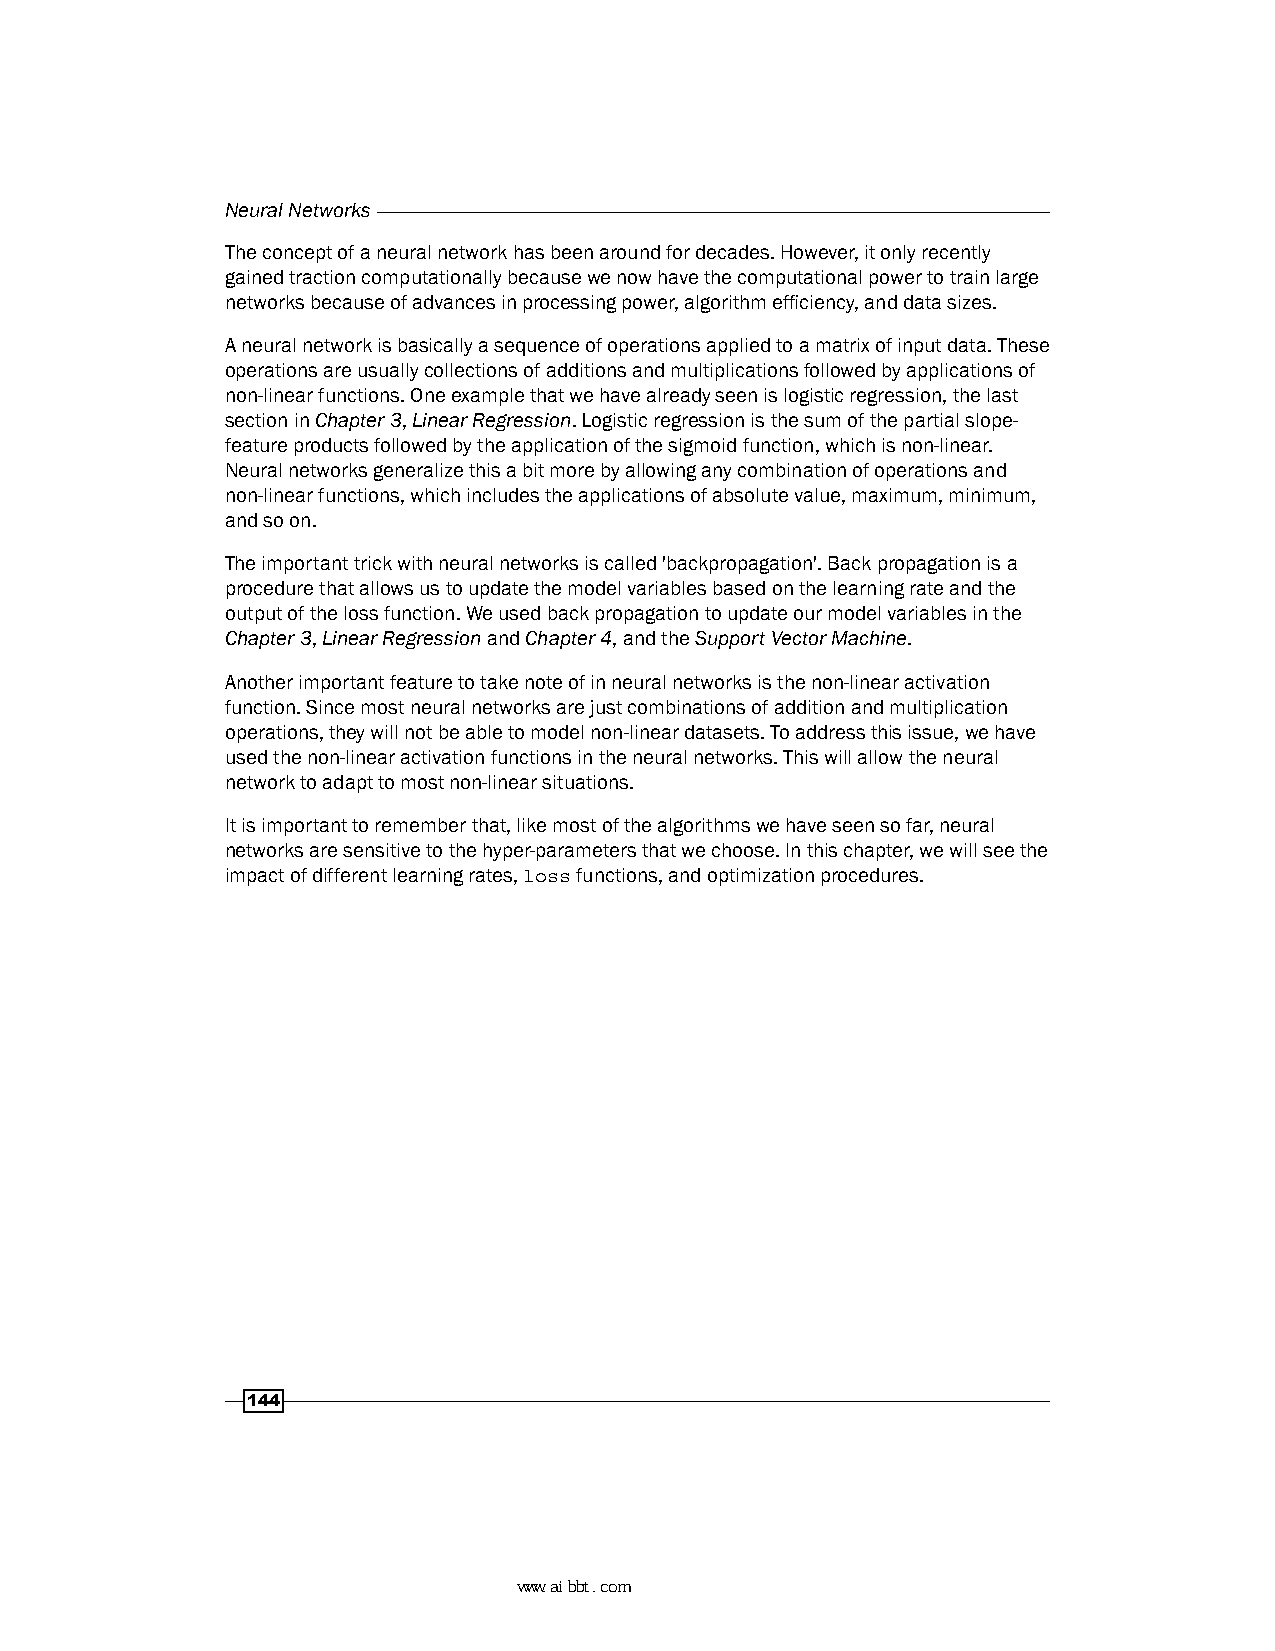
Neural Networks
 The concept of a neural network has been around for decades. However, it only recently
 gained traction computationally because we now have the computational power to train large
 networks because of advances in processing power, algorithm efficiency, and data sizes.
 A neural network is basically a sequence of operations applied to a matrix of input data. These
 operations are usually collections of additions and multiplications followed by applications of
 non-linear functions. One example that we have already seen is logistic regression, the last
 section in Chapter 3, Linear Regression. Logistic regression is the sum of the partial slope-
 feature products followed by the application of the sigmoid function, which is non-linear.
 Neural networks generalize this a bit more by allowing any combination of operations and
 non-linear functions, which includes the applications of absolute value, maximum, minimum,
 and so on.
 The important trick with neural networks is called 'backpropagation'. Back propagation is a
 procedure that allows us to update the model variables based on the learning rate and the
 output of the loss function. We used back propagation to update our model variables in the
 Chapter 3, Linear Regression and Chapter 4, and the Support Vector Machine.
 Another important feature to take note of in neural networks is the non-linear activation
 function. Since most neural networks are just combinations of addition and multiplication
 operations, they will not be able to model non-linear datasets. To address this issue, we have
 used the non-linear activation functions in the neural networks. This will allow the neural
 network to adapt to most non-linear situations.
 It is important to remember that, like most of the algorithms we have seen so far, neural
 networks are sensitive to the hyper-parameters that we choose. In this chapter, we will see the
 impact of different learning rates, loss functions, and optimization procedures.
 144
 www.aibbt.com 让未来触手可及